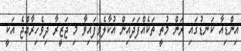
އިންޑިއާ ކަނޑުގައި ރަން މުތީ ތަކެއްފަދައިން އުކާލެވިފައިވާ މި ޖަޒީރާ ދިވެހިރާއްޖެ އަކީ